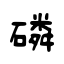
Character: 磷